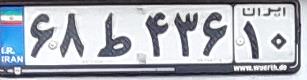
۶۸ط۴۳۶۱۰